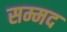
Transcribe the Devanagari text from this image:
सम्मद